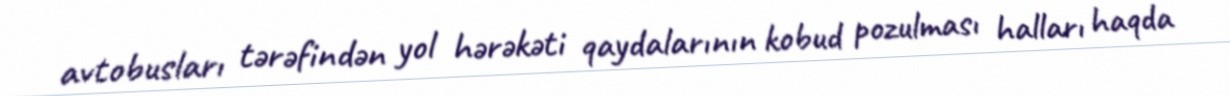
avtobusları tərəfindən yol hərəkəti qaydalarının kobud pozulması halları haqda